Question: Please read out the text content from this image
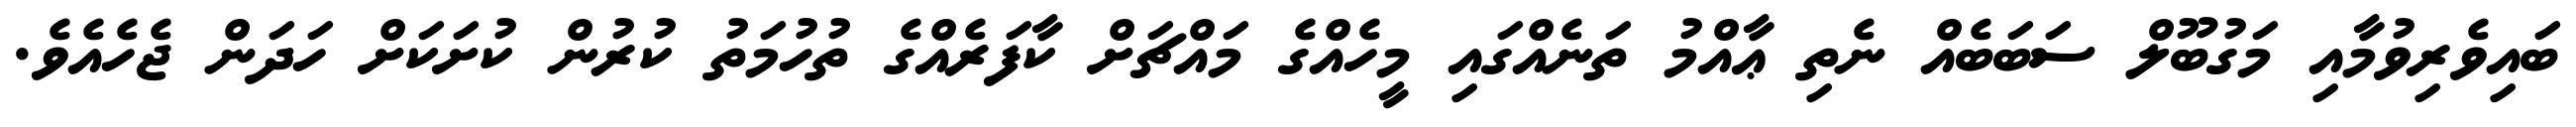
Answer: ބައިވެރިވުމާއި މަގުބޫލް ސަބަބެއް ނެތި ޢާއްމު ތަނެއްގައި މީހެއްގެ މައްޗަށް ކާފަރެއްގެ ތުހުމަތު ކުރުން ކުށަކަށް ހަދަން ޖެހެއެވެ.